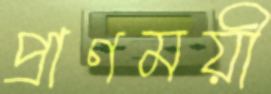
প্রাণময়ী